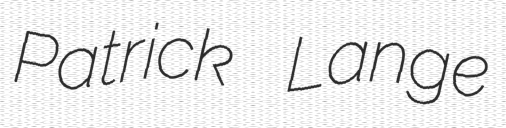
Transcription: Patrick Lange